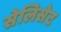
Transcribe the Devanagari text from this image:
सेलिसेट